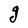
Character: g